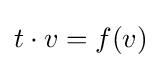
t\cdot v=f(v)